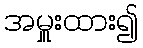
အမှူးထား၍